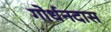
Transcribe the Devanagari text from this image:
गोर्धनदास